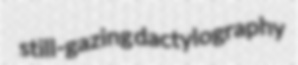
still-gazing dactylography